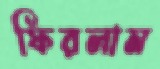
ফিরলাম